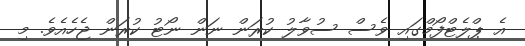
އެ ޕްލެޓްފޯމްގައި ވެސް ސުވާލު ކުރަން ނަން ނޯޓު ކުރަން ޖެހެއެވެ. މި